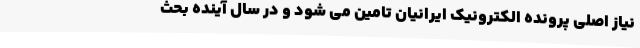
نیاز اصلی پرونده الکترونیک ایرانیان تامین می شود و در سال آینده بحث